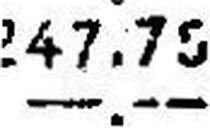
—.—